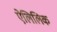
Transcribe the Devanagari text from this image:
ऐलिलिक